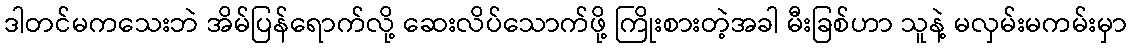
ဒါတင်မကသေးဘဲ အိမ်ပြန်ရောက်လို့ ဆေးလိပ်သောက်ဖို့ ကြိုးစားတဲ့အခါ မီးခြစ်ဟာ သူနဲ့ မလှမ်းမကမ်းမှာ